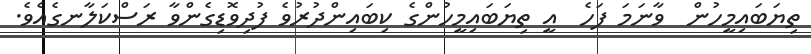
ތިޔަބައިމީހުން  ވާނަމަ ފަހެ  އީ ތިޔަބައިމީހުންގެ ކިބައިންދުރުވެ ފުދިވޮޑިގެންވާ ރަސްކަލާނގެއެވެ.